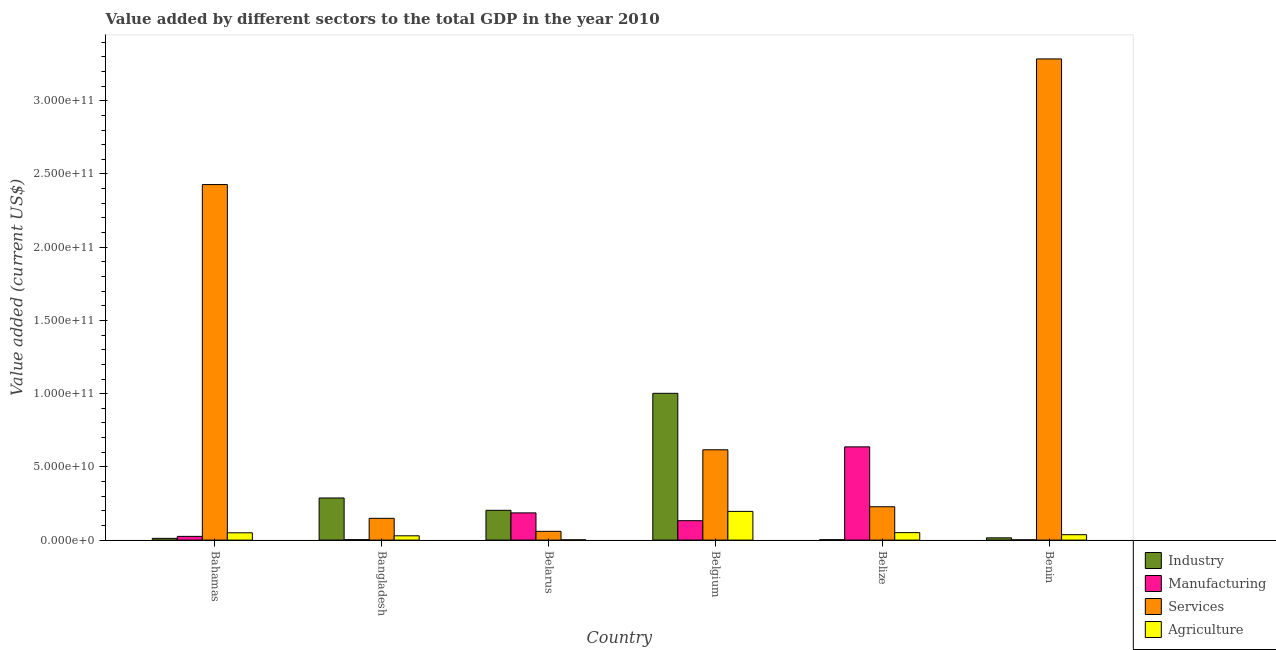
| Country | Industry | Manufacturing | Services | Agriculture |
 | --- | --- | --- | --- | --- |
 | Bahamas | 1.2e+09 | 2.54e+09 | 2.43e+11 | 4.98e+09 |
 | Bangladesh | 2.88e+10 | 2.96e+08 | 1.49e+10 | 2.93e+09 |
 | Belarus | 2.03e+10 | 1.86e+10 | 5.99e+09 | 1.7e+08 |
 | Belgium | 1e+11 | 1.33e+10 | 6.17e+10 | 1.96e+10 |
 | Belize | 2.63e+08 | 6.37e+10 | 2.28e+10 | 5.1e+09 |
 | Benin | 1.54e+09 | 1.71e+08 | 3.29e+11 | 3.69e+09 |